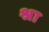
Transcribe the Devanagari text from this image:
श्रा